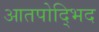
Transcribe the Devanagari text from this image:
आतपोद्भिद